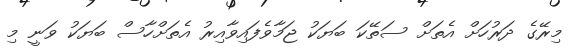
މިރޭގެ ދަރުހަށް އެތަށް ސަތޭކަ ބަޔަކު ޖަމާވެފައިވާއިރު އެތަށްހާސް ބަޔަކު ވަނީ މި